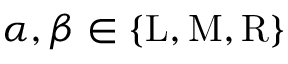
\alpha , \beta \in \{ \mathrm { L } , \mathrm { M } , \mathrm { R } \}